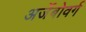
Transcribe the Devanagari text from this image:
अर्जेबोवर्ग